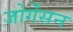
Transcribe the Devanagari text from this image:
जोर्गेंसन